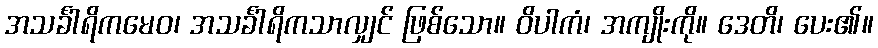
အသင်္ခါရိကမေဝ၊ အသင်္ခါရိကသာလျှင် ဖြစ်သော။ ဝိပါကံ၊ အကျိုးကို။ ဒေတိ၊ ပေး၏။